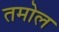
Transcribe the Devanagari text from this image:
तमोल